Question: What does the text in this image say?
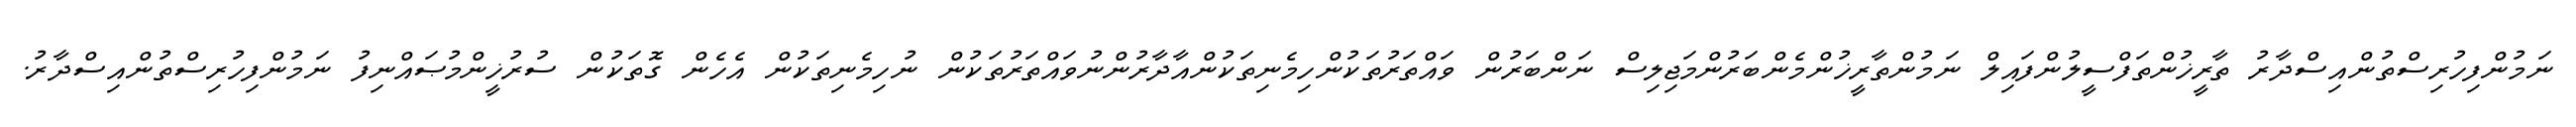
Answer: ނަމުންފިހުރިސްތުންއިސްދާރު ތާރީޚުންތަފްސީލުންފައިލް ނަމުންތާރީޚުންމެންބަރުންމަޖިލިސް ނަންބަރުން ވައްތަރުތަކުންހިމެނިތަކުންއާދާރުންނުވައްތަރުތަކުން ނުހިމެނިތަކުން އެހެން ގޮތަކުން ސުރުޚީންމުޞައްނިފު ނަމުންފިހުރިސްތުންއިސްދާރު.